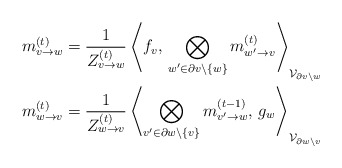
\begin{align*}m^{(t)}_{v\to w} &= \frac1{Z^{(t)}_{v\to w}}\left\langle f_v,\, \bigotimes_{w'\in\partial v\setminus\{w\}} m^{(t)}_{w'\to v}\right\rangle_{\mathcal{V}_{\partial v\setminus w}}\\m^{(t)}_{w\to v} &= \frac1{Z^{(t)}_{w\to v}}\left\langle \bigotimes_{v'\in\partial w\setminus\{v\}} m^{(t-1)}_{v'\to w},\, g_w\right\rangle_{\mathcal{V}_{\partial w\setminus v}}\end{align*}